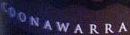
CDONAWARRA